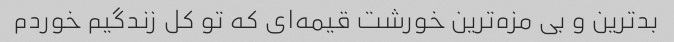
بدترین و بی مزه‌ترین خورشت قیمه‌ای که تو کل زندگیم خوردم